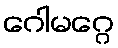
ဂေါမဂ္ဂေ